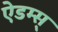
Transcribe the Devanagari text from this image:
ऐडम्स्‌